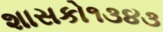
શાસકો૧૩૪૩